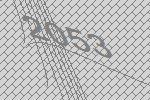
2053